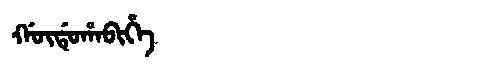
Manchu: ᡤᡡᡩᡠᡥᠠᠪᡳᡥᡝ
Romanization: GŪDUHABIHE